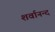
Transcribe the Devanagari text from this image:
शर्वानन्द